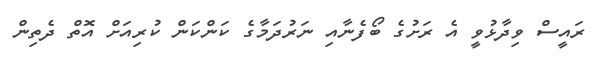
ރައީސް ވިދާޅުވީ އެ ރަށުގެ ބޯފެނާއި ނަރުދަމާގެ ކަންކަން ކުރިއަށް އޮތް ދެތިން